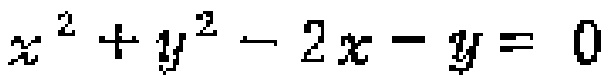
$x^{2}+y^{2}-2x - y = 0$